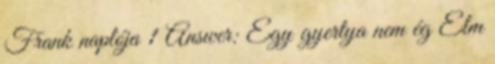
Frank naplója 1 Answer: Egy gyertya nem ég Elm